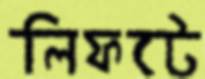
লিফটে